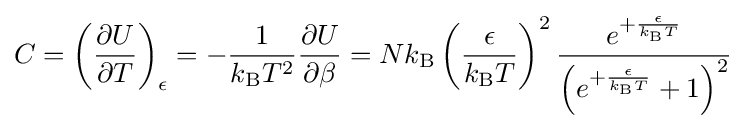
C=\left({\frac {\partial U}{\partial T}}\right)_{\epsilon }=-{\frac {1}{k_{\mathrm {B} }T^{2}}}{\frac {\partial U}{\partial \beta }}=Nk_{\mathrm {B} }\left({\frac {\epsilon }{k_{\mathrm {B} }T}}\right)^{2}{\frac {e^{+{\frac {\epsilon }{k_{\mathrm {B} }T}}}}{\left(e^{+{\frac {\epsilon }{k_{\mathrm {B} }T}}}+1\right)^{2}}}